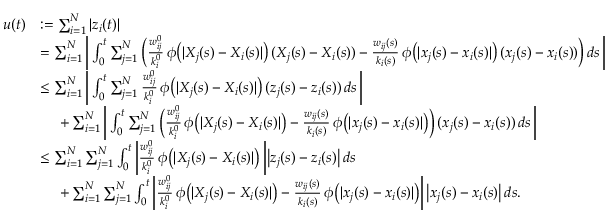
\begin{array} { r l } { u ( t ) } & { : = \sum _ { i = 1 } ^ { N } | z _ { i } ( t ) | } \\ & { = \sum _ { i = 1 } ^ { N } \bigg | \int _ { 0 } ^ { t } \sum _ { j = 1 } ^ { N } \bigg ( \frac { w _ { i j } ^ { 0 } } { k _ { i } ^ { 0 } } \, \phi \big ( | X _ { j } ( s ) - X _ { i } ( s ) | \big ) \, ( X _ { j } ( s ) - X _ { i } ( s ) ) - \frac { w _ { i j } ( s ) } { k _ { i } ( s ) } \, \phi \big ( | x _ { j } ( s ) - x _ { i } ( s ) | \big ) \, ( x _ { j } ( s ) - x _ { i } ( s ) ) \bigg ) \, d s \, \bigg | } \\ & { \leq \sum _ { i = 1 } ^ { N } \bigg | \int _ { 0 } ^ { t } \sum _ { j = 1 } ^ { N } \frac { w _ { i j } ^ { 0 } } { k _ { i } ^ { 0 } } \, \phi \big ( | X _ { j } ( s ) - X _ { i } ( s ) | \big ) \, ( z _ { j } ( s ) - z _ { i } ( s ) ) \, d s \, \bigg | } \\ & { \quad \, \, + \sum _ { i = 1 } ^ { N } \bigg | \int _ { 0 } ^ { t } \sum _ { j = 1 } ^ { N } \bigg ( \frac { w _ { i j } ^ { 0 } } { k _ { i } ^ { 0 } } \, \phi \big ( | X _ { j } ( s ) - X _ { i } ( s ) | \big ) - \frac { w _ { i j } ( s ) } { k _ { i } ( s ) } \, \phi \big ( | x _ { j } ( s ) - x _ { i } ( s ) | \big ) \bigg ) \, ( x _ { j } ( s ) - x _ { i } ( s ) ) \, d s \, \bigg | } \\ & { \leq \sum _ { i = 1 } ^ { N } \sum _ { j = 1 } ^ { N } \int _ { 0 } ^ { t } \bigg | \frac { w _ { i j } ^ { 0 } } { k _ { i } ^ { 0 } } \, \phi \big ( | X _ { j } ( s ) - X _ { i } ( s ) | \big ) \, \bigg | \big | z _ { j } ( s ) - z _ { i } ( s ) \big | \, d s \, } \\ & { \quad \, \, + \sum _ { i = 1 } ^ { N } \sum _ { j = 1 } ^ { N } \int _ { 0 } ^ { t } \bigg | \frac { w _ { i j } ^ { 0 } } { k _ { i } ^ { 0 } } \, \phi \big ( | X _ { j } ( s ) - X _ { i } ( s ) | \big ) - \frac { w _ { i j } ( s ) } { k _ { i } ( s ) } \, \phi \big ( | x _ { j } ( s ) - x _ { i } ( s ) | \big ) \bigg | \, \big | x _ { j } ( s ) - x _ { i } ( s ) \big | \, d s . \, } \end{array}